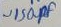
Text: ~150PF